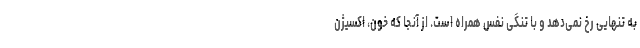
به تنهایی رخ نمی‌دهد و با تنگی نفس همراه است. از آنجا که خون، اکسیژن